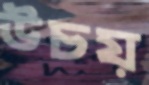
উচয়